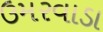
ઉમરવાડા